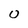
Character: O